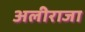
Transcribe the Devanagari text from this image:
अलीराजा